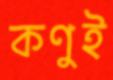
কণুই